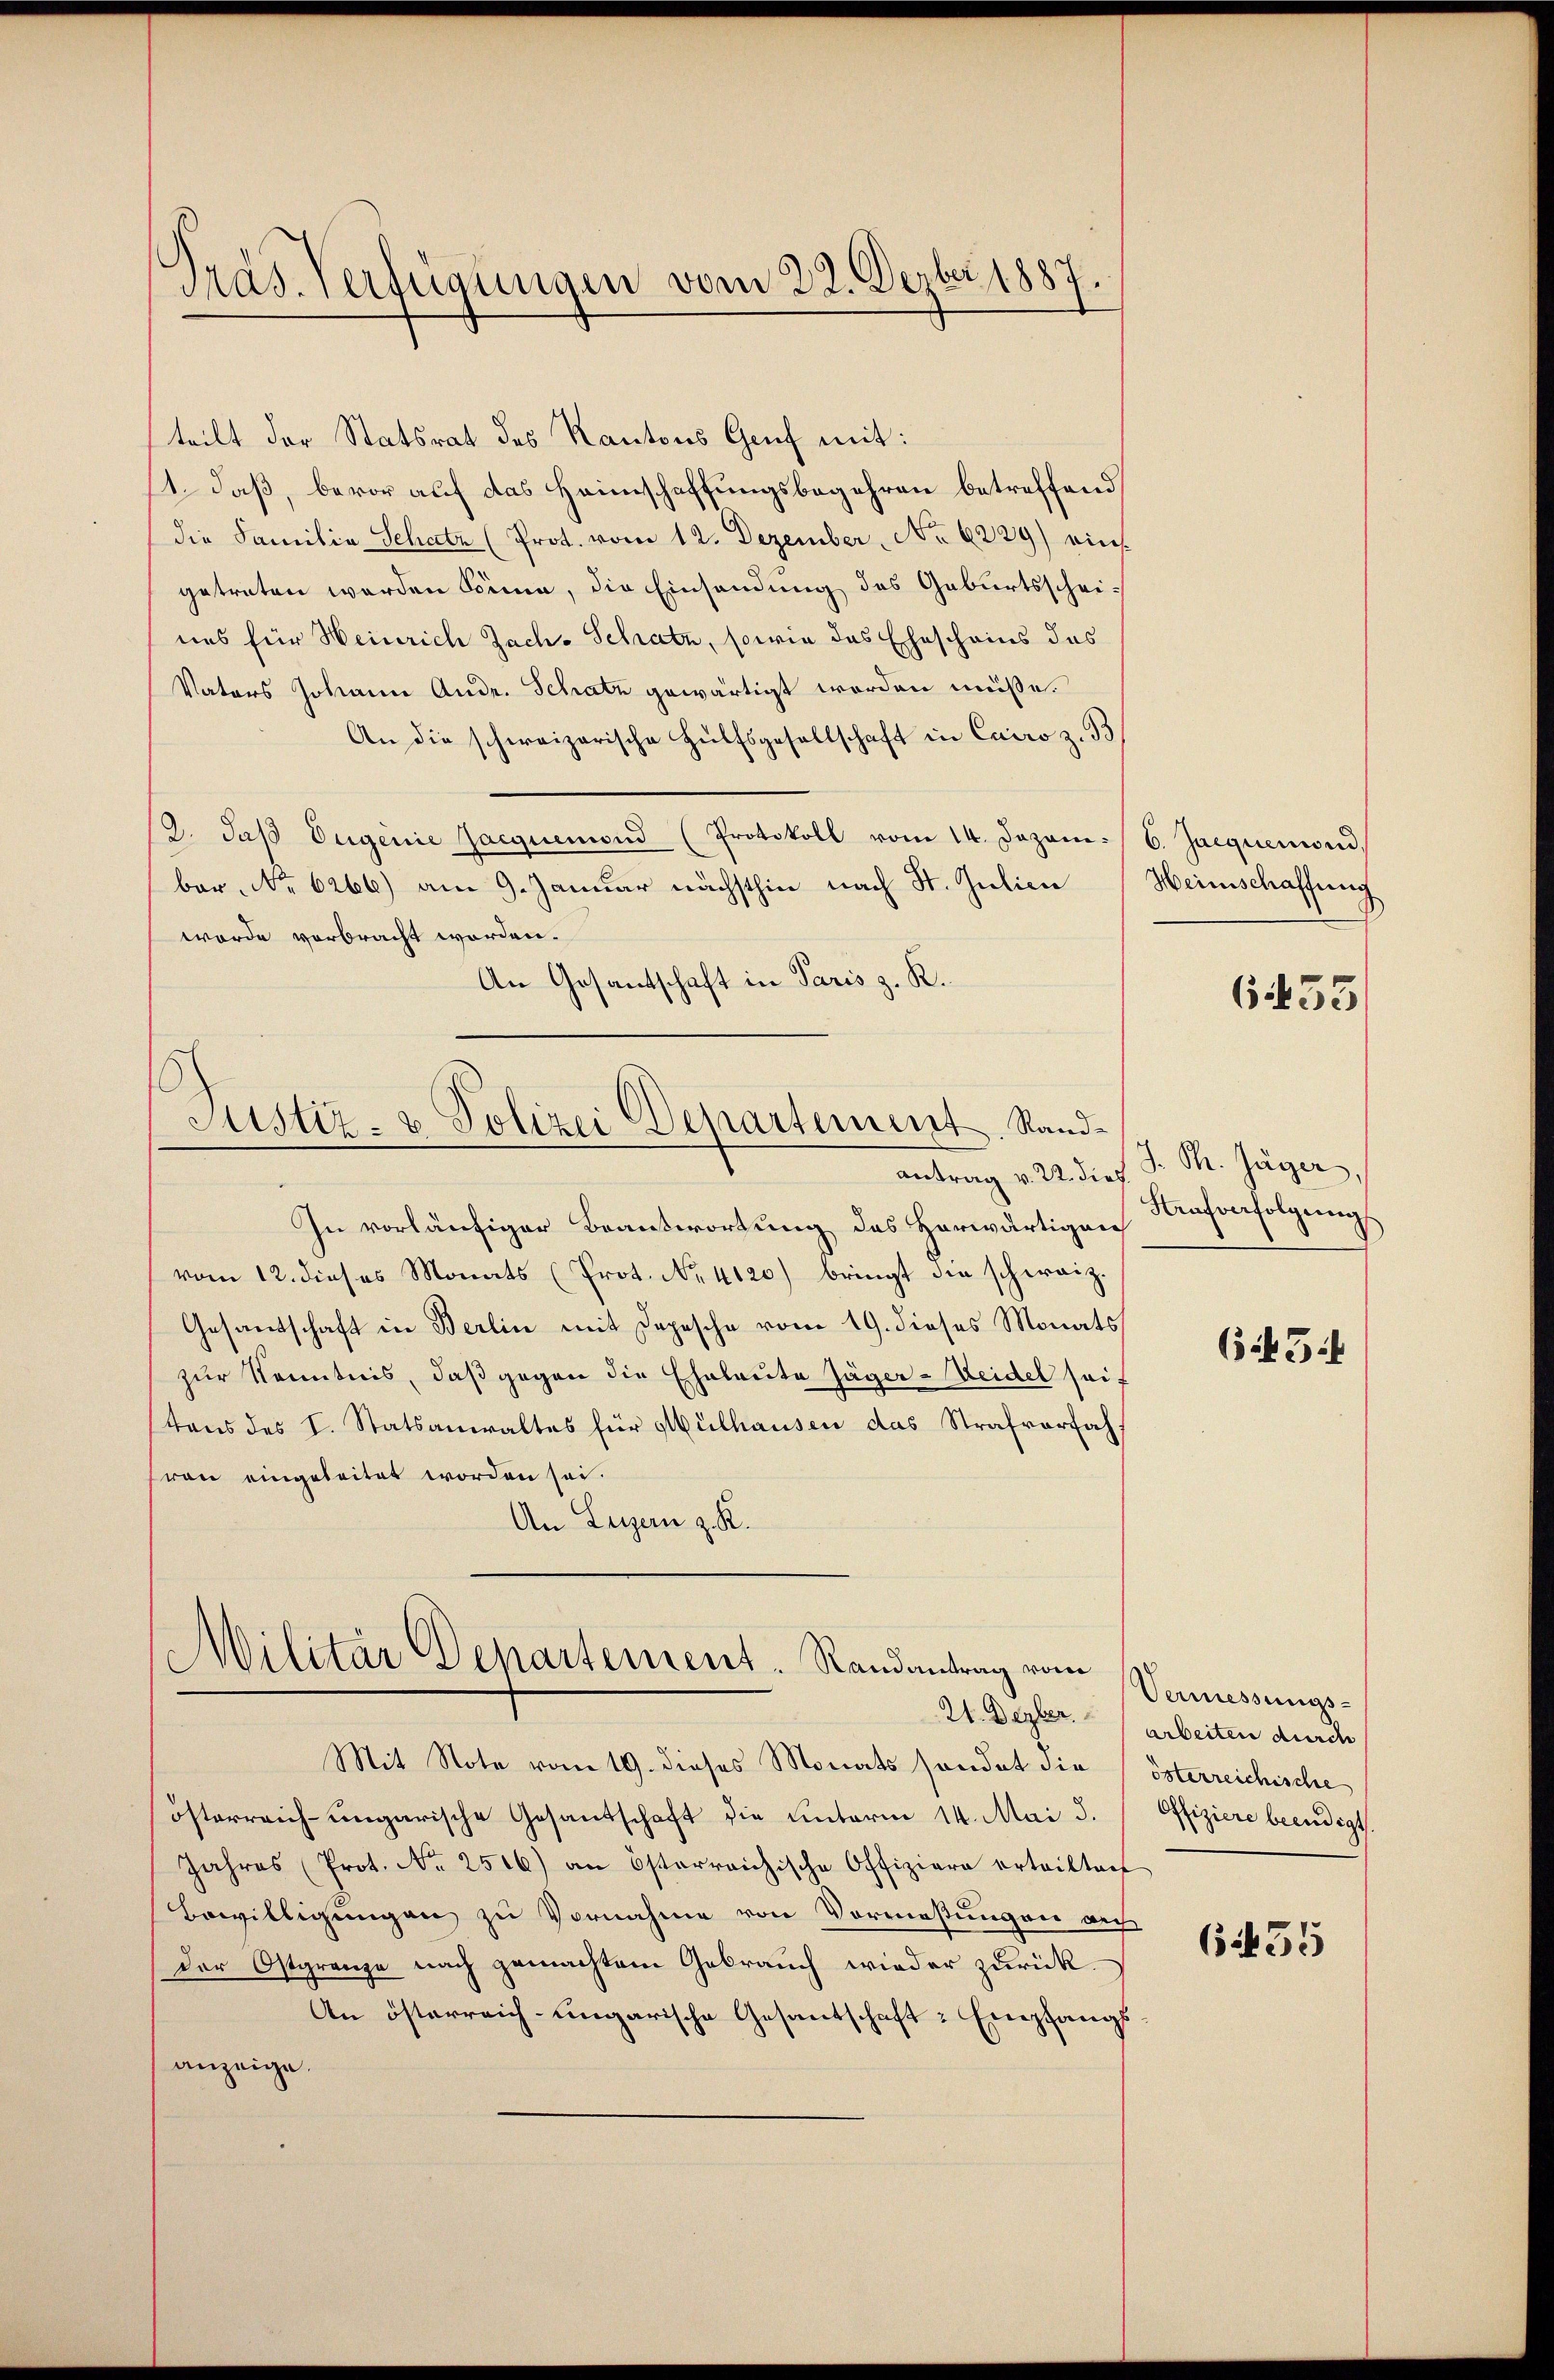
Pras. Verfügungen vom 22. Dezbr 1887

teilt der Statsrat des Kantons Genf mit:
1. daß, bevor auf das Heimschaffungsbegehren betreffend
die Familia Schatz (Prot. vom 12. Dezember No 6229) eins
getreten werden könn, die Einsendung des Geburtsscheiues für Heinrich Jach. Schatz, sowie das Ehescheins des
Vaters Johann Andr. Schatz gewärtigt worden müsse.
An die schweizerische Hülfsgesellschaft in Cairo z. B.
/9. daβ Eugenie Jacquemond (Protokoll vom 14. Jezom. 6. Jacquerord
ber No 6266) am 9. Januar nächsthin nach St. Julien
worde verbracht worden.
An Gesantschaft in Paris z. K.

Justiz- & Polizei Departement. Sand¬

Militär Departement. Randantrag vom
21. Dezber

antrag v. 22. dies
In vorläufiger Beantwortung des Horwärtigen
vom 12. dieses Monats (Prot. No. 4120) bringt die schweiz.
Gesandschaft in Berlin mit Depesche vom 19. dieses Monats
zur Kenntnis, daß gegen die Eheleute Jäger-Weidel seif
tons des I. Statsanwaltes für Mülhausen das Strafverfahron eingeleitet worden sei.
An Legern z. K.
Mit Note vom 19. dieses Monats sondet die
österreich-ungarische Gesandschaft die unterm 14. Mai d.
Jahres (Prot. Nr. 256) an österreichische Offiziere ertritten
Bewilligungen zu Vornahme von Vormessungen auf
Der Ostgrenze nach gemachtem Gebrauch wieder zurück.
An österreich-ungarische Gesantschaft: Empfangs
anzeige.

Heinschaffung

633

J. P. Jäger,
Strafverfolgung

6 f 54

Vermessungs-
arbeiten durch
österreichische
Offiziere beendigt.

6455